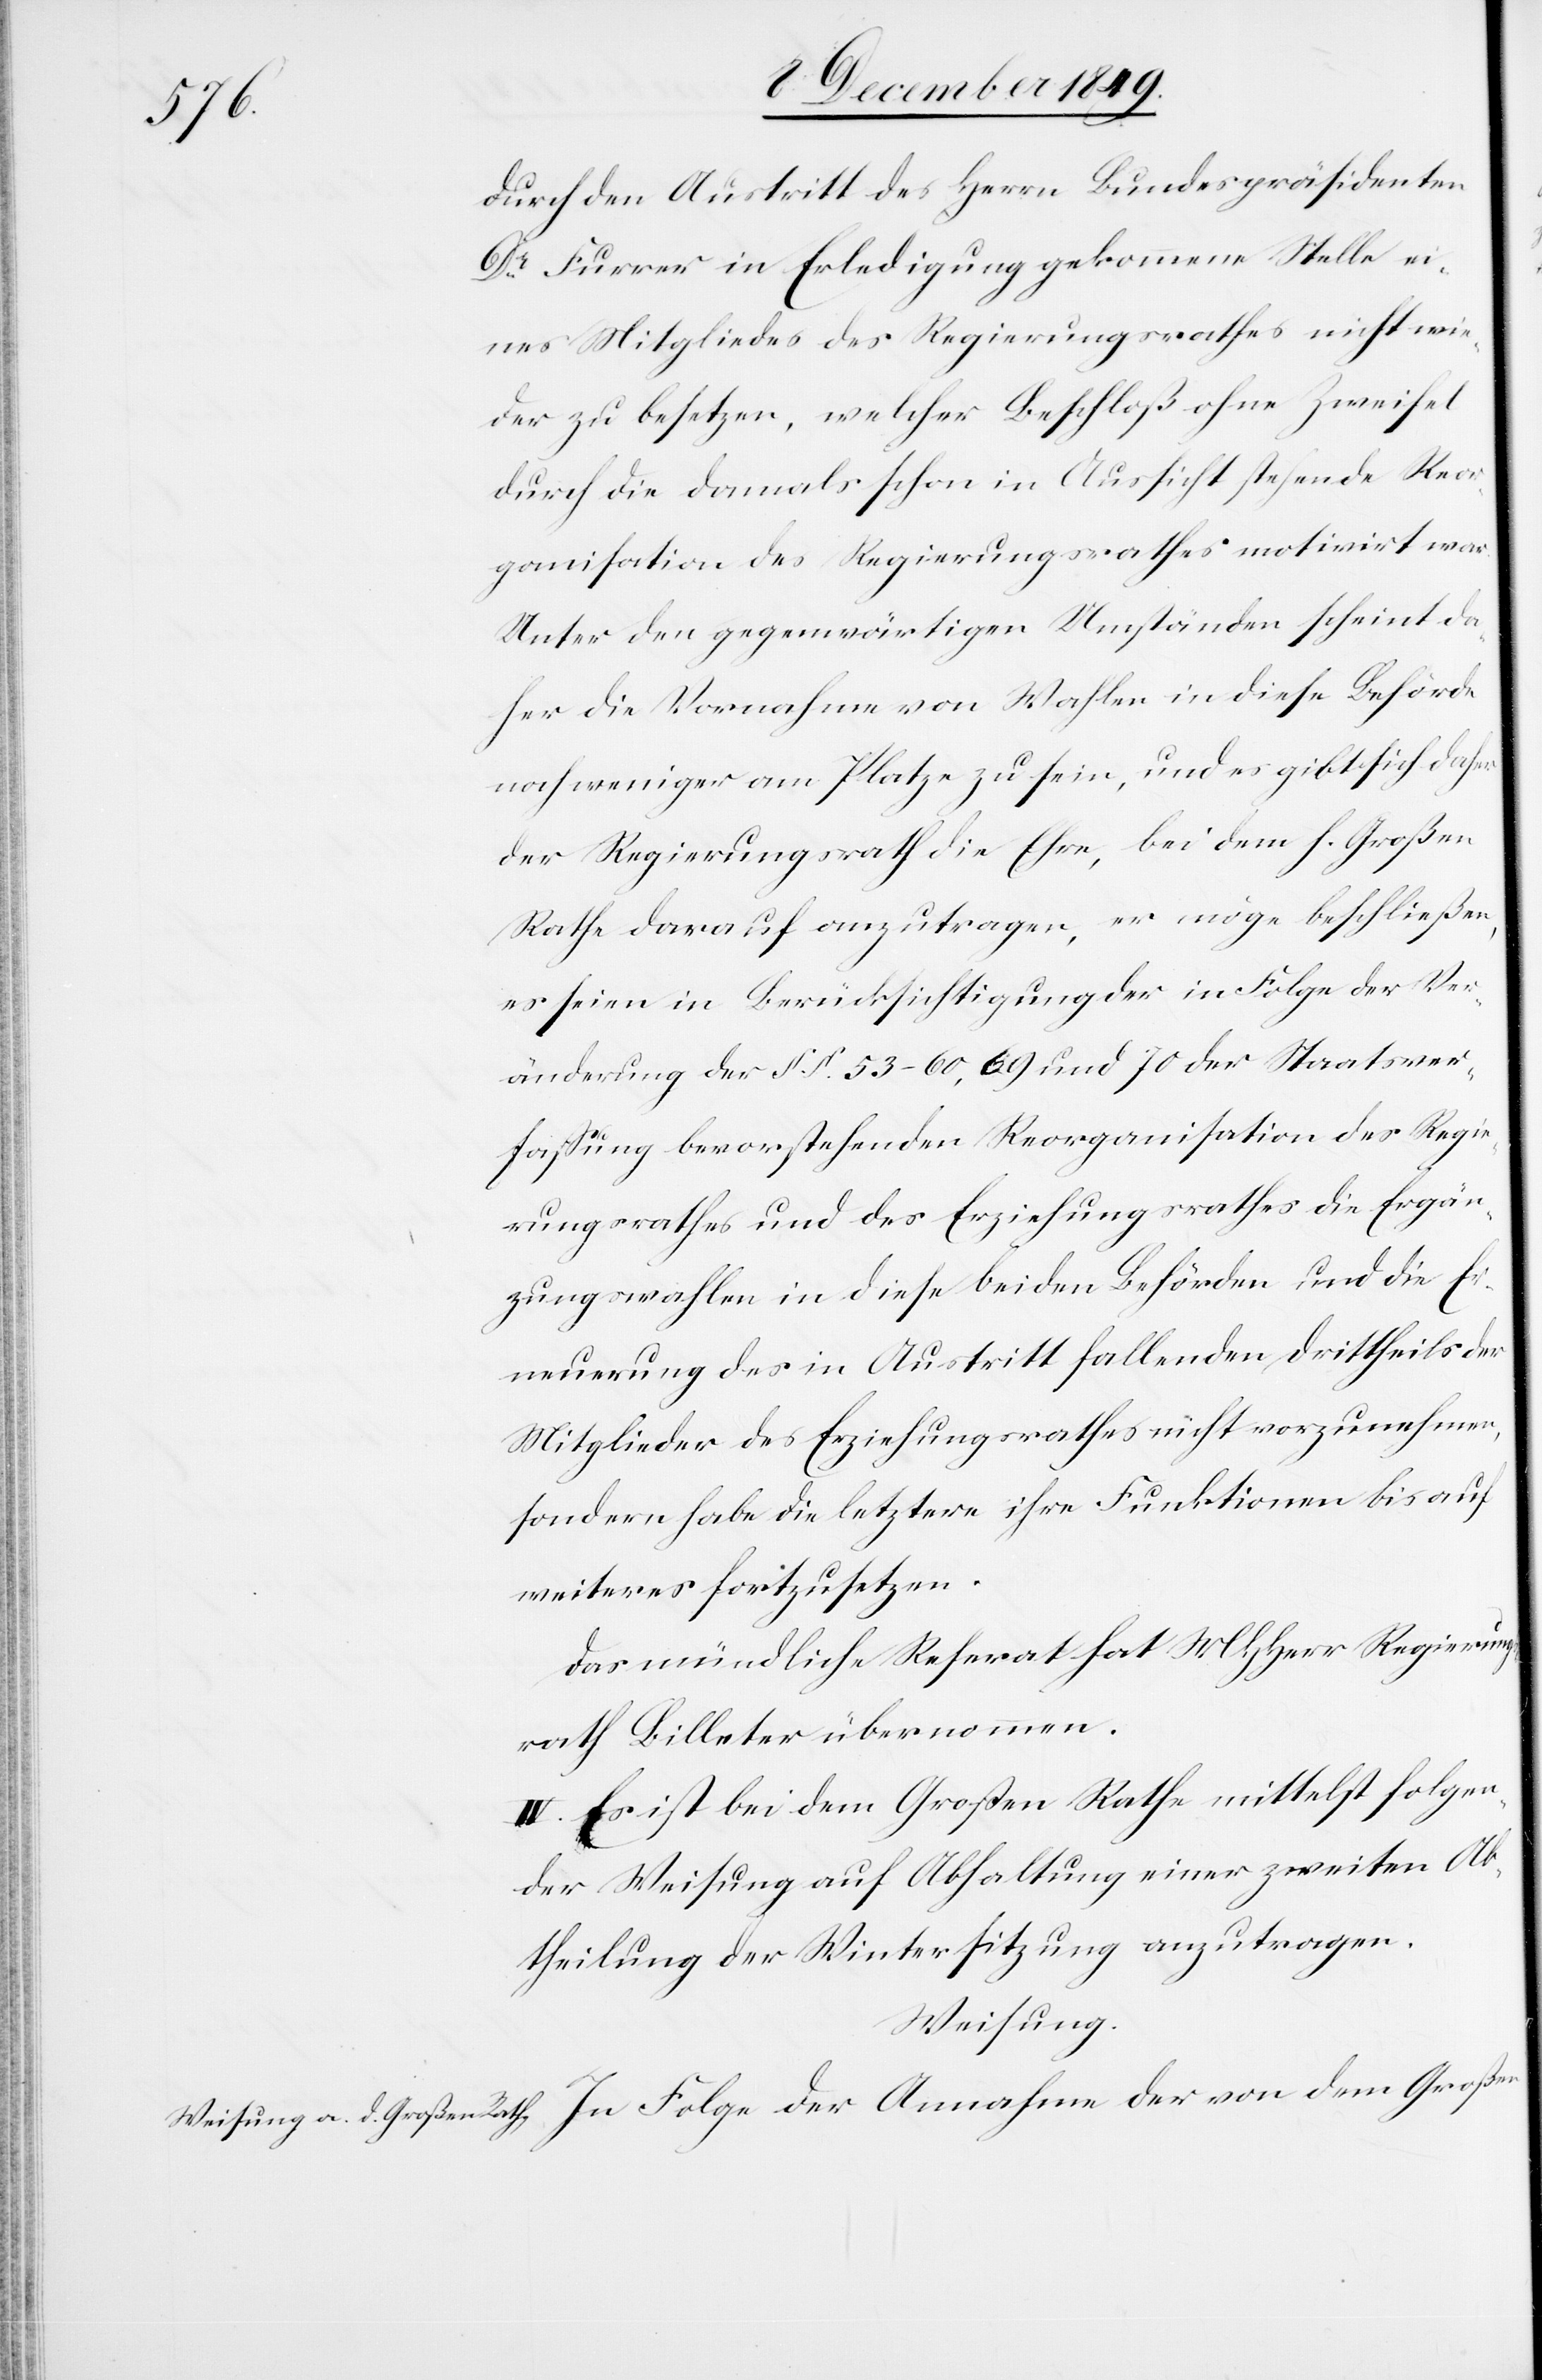
durch den Austritt des Herrn Bundespräsidenten
Dr Furrer in Erledigung gekommene Stelle ei¬
nes Mitgliedes des Regierungsrathes nicht wie¬
der zu besetzen, welcher Beschluß ohne Zweifel
durch die damals schon in Aussicht stehende Reor¬
ganisation des Regierungsrathes motivirt war.
Unter den gegenwärtigen Umständen scheint da¬
her die Vornahme von Wahlen in diese Behörde
noch weniger am Platz zu sein, und es gibt sich daher
der Regierungsrath die Ehre, bei dem h. Großen
Rathe darauf anzutragen, er möge beschließen,
es seien in Berücksichtigung der in Folge der Ver¬
änderung der §§ 53–60,69 und 70 der Staatsver¬
faßung bevorstehenden Reorganisation des Regie¬
rungsrathes und des Erziehungsrathes die Ergän¬
zungswahlen in diese beiden Behörden und die Er¬
neuerung des in Austritt fallenden Drittheils der
Mitglieder des Erziehungsrathes nicht vorzunehmen,
sondern habe die letztere ihre Funktionen bis auf
weiteres fortzusetzen.
Das mündliche Referat hat MHHerr Regierung¬
srath Billeter übernommen.
IV. Es ist bei dem Großen Rathe mittelst folgen¬
der Weisung auf Abhaltung einer zweiten Ab¬
theilung der Wintersitzung anzutragen.